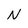
Character: N